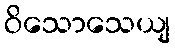
ဝိသောသေယျ